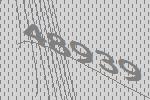
48939